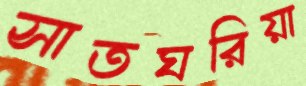
সাতঘরিয়া